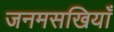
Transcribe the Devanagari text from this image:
जनमसखियाँ